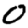
Digit: 0